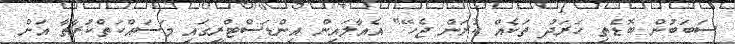
ސަބަބުން ބޮޑެތި ހަރަދު ތަކެއް ކުރަން ޖެހޭ" އެއާލައިން އިންޑަސްޓްރީގައި މަސައްކަތްކުރާތާ އަށް